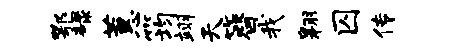
鄂碌蕙筠翊天簪我翱囚传